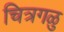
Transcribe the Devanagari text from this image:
चित्रगळु